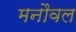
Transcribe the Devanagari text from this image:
मनौवल